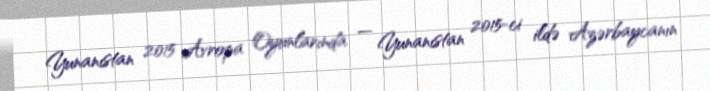
Yunanıstan 2015 Avropa Oyunlarında — Yunanıstan 2015-ci ildə Azərbaycanın